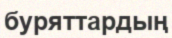
буряттардың